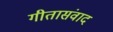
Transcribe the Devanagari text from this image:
गीतासंवाद